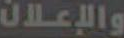
والإعلان